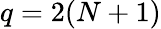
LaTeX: q=2(N+1)